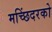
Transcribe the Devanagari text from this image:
मच्छिंदरको